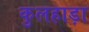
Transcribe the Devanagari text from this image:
कुलहाड़ा